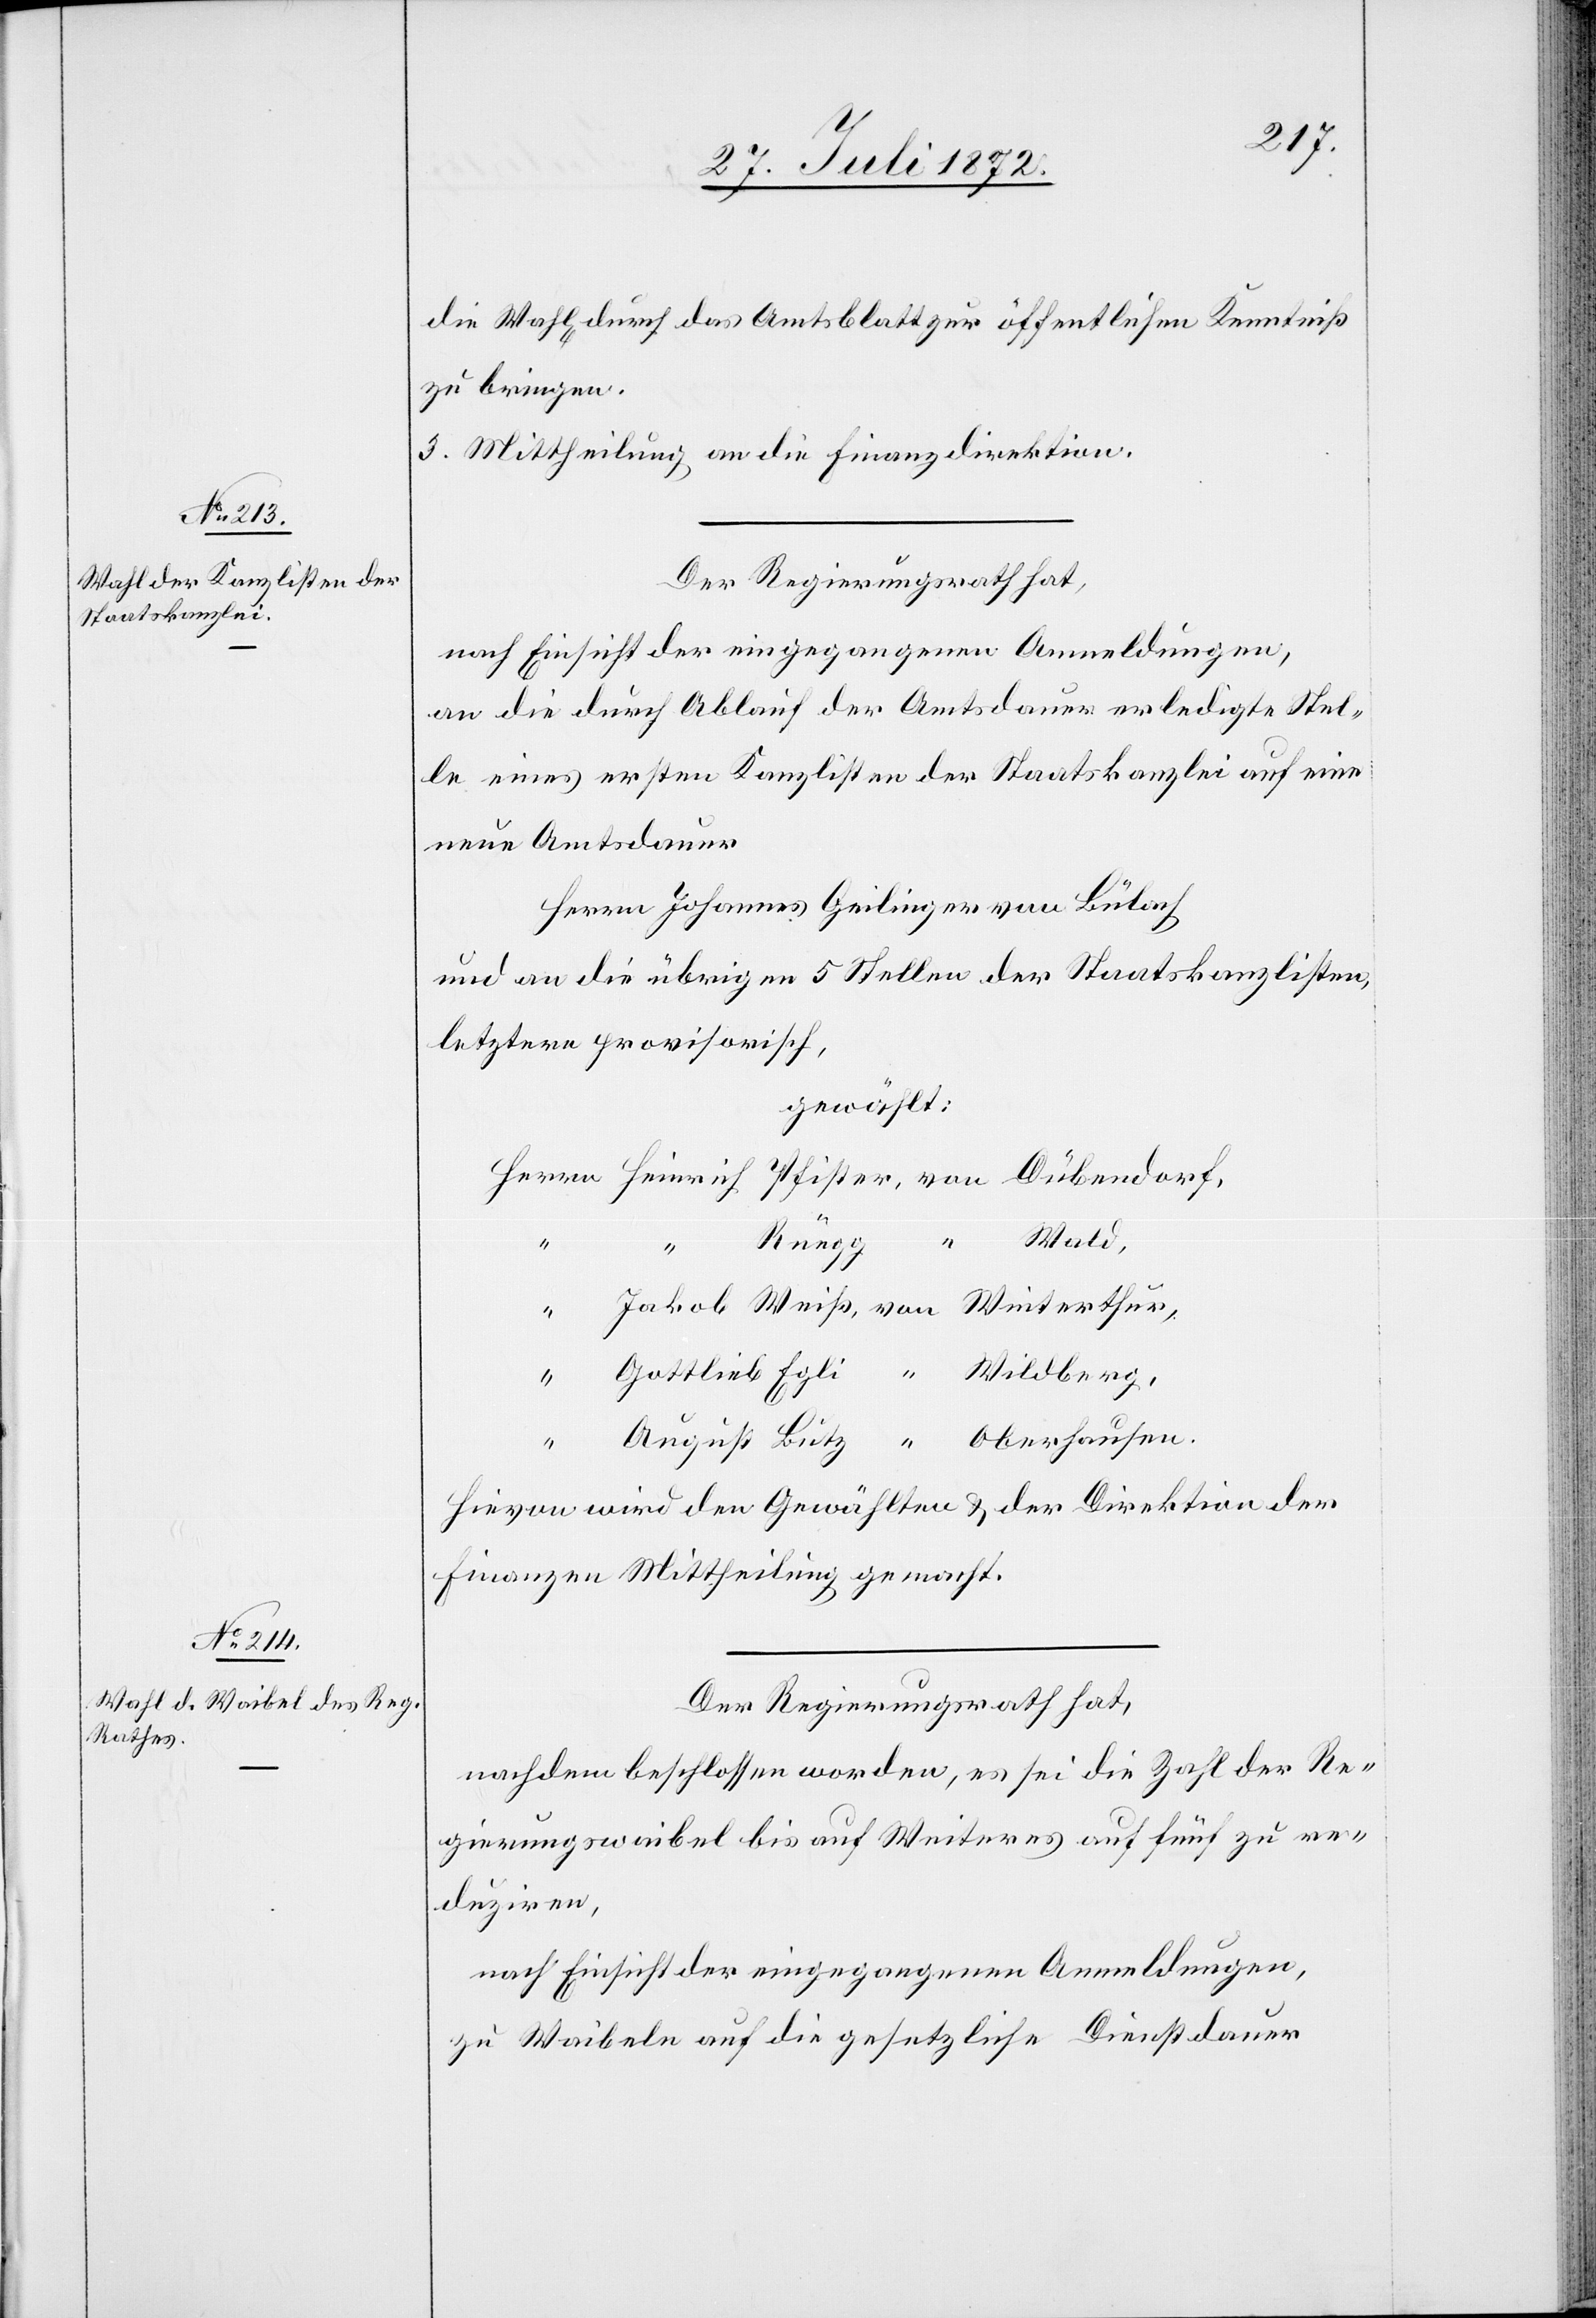
die Wahl durch Amtsblatt zur öffentlichen Kenntniß
zu bringen.
3. Mittheilung an die Finanzdirektion.
Der Regierungsrath hat,
nach Einsicht der eingegangenen Anmeldungen,
an die durch Ablauf der Amtsdauer erledigte Stel¬
le eines ersten Kanzlisten der Staatskanzlei auf eine
neue Amtsdauer
Herrn Johannes Geilinger von Bülach
und an die übrigen 5 Stellen der Staatskanzlisten,
letztere provisorisch,
gewählt:
Hievon wird den Gewählten u. der Direktion der
Finanzen Mittheilung gemacht.
Der Regierungsrath hat,
nachdem beschlossen worden, es sei die Zahl der Re¬
gierungswaibel bis auf Weiteres auf fünf zu re¬
duziren,
nach Einsicht der eingegangenen Anmeldungen,
zu Waibeln auf die gesetzliche Dienstdauer